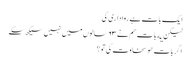
ایک بات ہے روا داری کی
لیکن یه بات هم نے ٦٣ سالوں میں نہیں سیکھ سکے
اگر بات هو سخاوت کی تو ؟